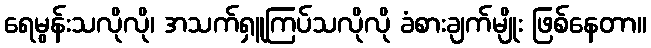
ရေမွန်းသလိုလို၊ အသက်ရှူကြပ်သလိုလို ခံစားချက်မျိုး ဖြစ်နေတာ။